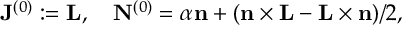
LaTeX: { \bf J } ^ { ( 0 ) } : = { \bf L } , \quad { \bf N } ^ { ( 0 ) } = { \alpha } { \bf n } + ( { \bf n } \times { \bf L } - { \bf L } \times { \bf n } ) / 2 ,